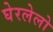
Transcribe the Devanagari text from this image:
घेरलेलो